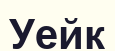
Уейк